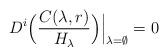
LaTeX: \begin{align*}D^{i}\Bigl(\frac{C(\lambda,r)}{H_\lambda}\Bigr)\Big|_{\lambda=\emptyset}=0\end{align*}